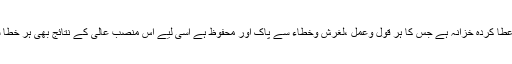
یہ اس اہستی کا عطا کردہ خزانہ ہے جس کا ہر قول وعمل ،لغرش وخطاء سے پاک اور محفوظ ہے اسی لیے اس منصب عالی کے نتائج بھی ہر خطا سےمحفوظ ہیں ۔